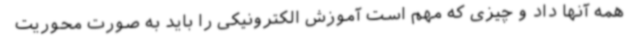
همه آنها داد و چیزی که مهم است آموزش الکترونیکی را باید به صورت محوریت